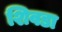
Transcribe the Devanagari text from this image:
शिवडा